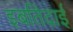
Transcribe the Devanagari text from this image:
इबतिदाई